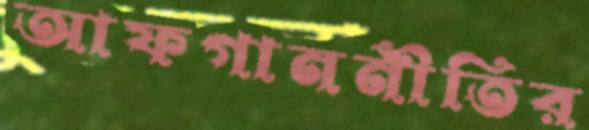
আফগাননীতির